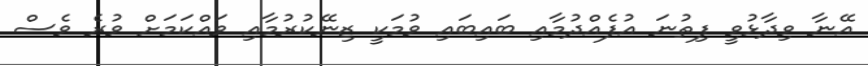
އޭނާ ވިދާޅުވީ ފިތުނަ އުފެއްދުމާއި ބައިބައި ވުމަކީ ޒިނޭކުރުމާއި ވައްކަމަށް ވުރެ ވެސް